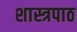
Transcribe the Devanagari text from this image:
शास्त्रपाठ